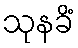
သုနခိံ